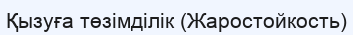
Қызуға төзімділік (Жаростойкость)